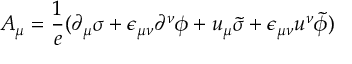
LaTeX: A _ { \mu } = { \frac { 1 } { e } } ( \partial _ { \mu } \sigma + \epsilon _ { \mu \nu } \partial ^ { \nu } \phi + u _ { \mu } \tilde { \sigma } + \epsilon _ { \mu \nu } u ^ { \nu } \tilde { \phi } )